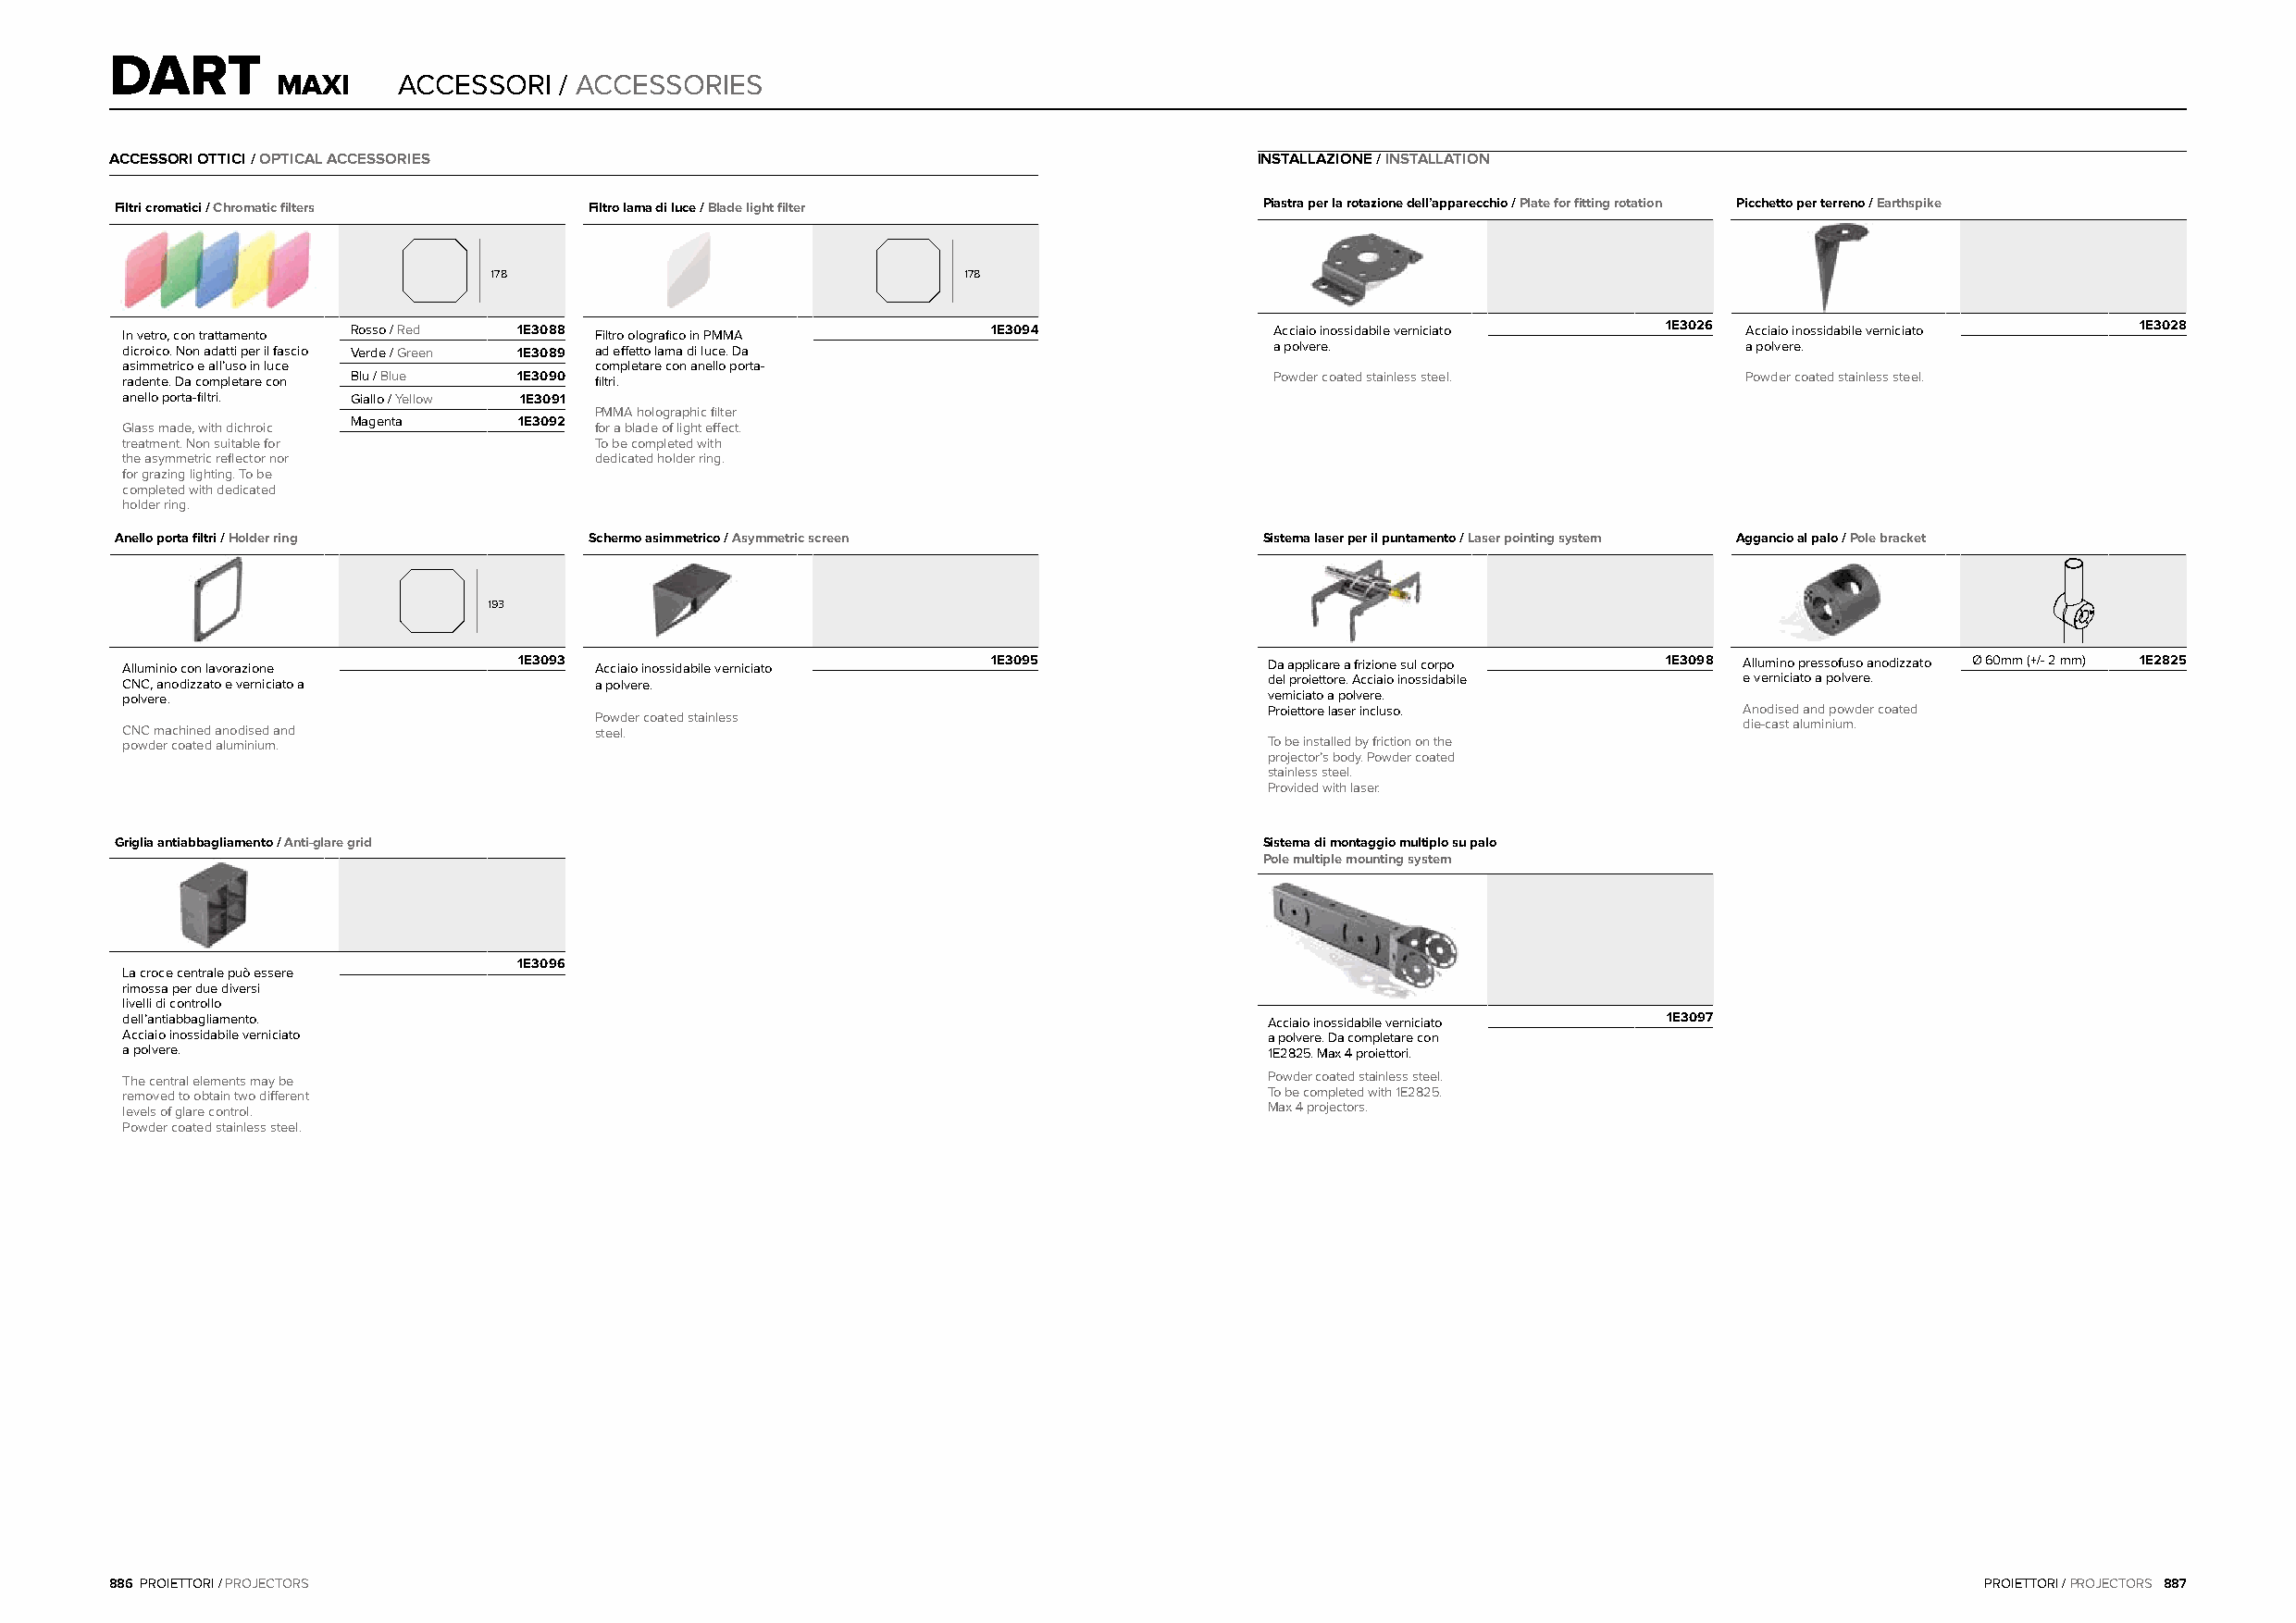
DART
 MAXI    ACCESSORI   / ACCESSORIES
 ACCESSORI OTTICI / OPTICAL ACCESSORIES                                            INSTALLAZIONE / INSTALLATION
 Filtri cromatici / Chromatic filters Filtro lama di luce / Blade light filter     Piastra per la rotazione dell’apparecchio / Plate for fitting rotation Picchetto per terreno / Earthspike
 178                               178
 In vetro, con trattamento Rosso / Red 1E3088 Filtro olografico in PMMA 1E3094     Acciaio inossidabile verniciato 1E3026 Acciaio inossidabile verniciato 1E3028
 dicroico. Non adatti per il fascio Verde / Green 1E3089 ad effetto lama di luce. Da a polvere.                      a polvere.
 asimmetrico e all’uso in luce     completare con anello porta-
 radente. Da completare con Blu / Blue 1E3090 filtri.                              Powder coated stainless steel.    Powder coated stainless steel.
 anello porta-filtri. Giallo / Yellow 1E3091
 PMMA holographic filter
 Magenta     1E3092
 Glass made, with dichroic         for a blade of light effect.
 treatment. Non suitable for       To be completed with
 the asymmetric reflector nor      dedicated holder ring.
 for grazing lighting. To be
 completed with dedicated
 holder ring.
 Anello porta filtri / Holder ring Schermo asimmetrico / Asymmetric screen         Sistema laser per il puntamento / Laser pointing system Aggancio al palo / Pole bracket
 193
 Alluminio con lavorazione   1E3093 Acciaio inossidabile verniciato 1E3095         Da applicare a frizione sul corpo 1E3098 Allumino pressofuso anodizzato Ø 60mm (+/- 2 mm) 1E2825
 CNC, anodizzato e verniciato a    a polvere.                                      del proiettore. Acciaio inossidabile e verniciato a polvere.
 polvere.                                                                          verniciato a polvere.
 Proiettore laser incluso.         Anodised and powder coated
 Powder coated stainless
 die-cast aluminium.
 CNC machined anodised and         steel.
 powder coated aluminium.                                                          To be installed by friction on the
 projector’s body. Powder coated
 stainless steel.
 Provided with laser.
 Griglia antiabbagliamento / Anti-glare grid                                       Sistema di montaggio multiplo su palo
 Pole multiple mounting system
 1E3096
 La croce centrale può essere
 rimossa per due diversi
 livelli di controllo
 dell’antiabbagliamento.                                                           Acciaio inossidabile verniciato 1E3097
 Acciaio inossidabile verniciato                                                   a polvere. Da completare con
 a polvere.                                                                        1E2825. Max 4 proiettori.
 The central elements may be                                                       Powder coated stainless steel.
 removed to obtain two different                                                   To be completed with 1E2825.
 levels of glare control.                                                          Max 4 projectors.
 Powder coated stainless steel.
 886 PROIETTORI / PROJECTORS                                                                                                           PROIETTORI / PROJECTORS 887